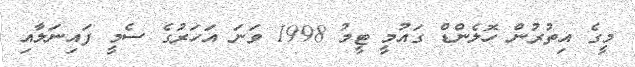
މީގެ އިތުރުން ހޮލެންޑް ގައުމީ ޓީމު 1998 ވަނަ އަހަރުގެ ސެމީ ފައިނަލާއި